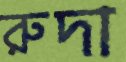
রুদা